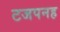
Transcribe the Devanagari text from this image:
टजपनह